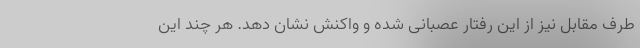
طرف مقابل نیز از این رفتار عصبانی شده و واکنش نشان دهد. هر چند این